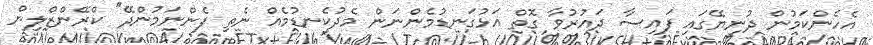
އެހެންކަމުން ދުނިޔޭގައި ފައިސާ ދައުރުވާ ގޮތް އަޅުގަނޑުމެންނަން މެދުކެނޑުމެއް ނެތި ފެންނަމުންދޭ" ކްރޭންޒްލިން